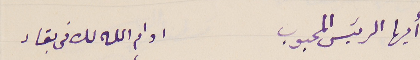
أيها الرئيس المحبوب                                    ادام الله لك فى بقاء